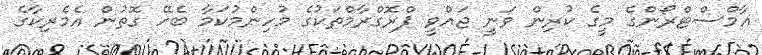
އާމްސްޓްރޯންގެ މީގެ ކުރިން ވަނީ ޖައްވީ ޕްރޮގްރާމްތަކުގެ މުހިންމުކަމާ ބެހޭ ގޮތުން އެމެރިކާގެ